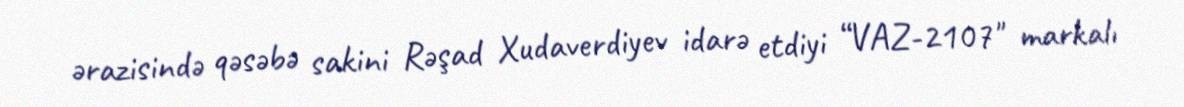
ərazisində qəsəbə sakini Rəşad Xudaverdiyev idarə etdiyi “VAZ-2107" markalı